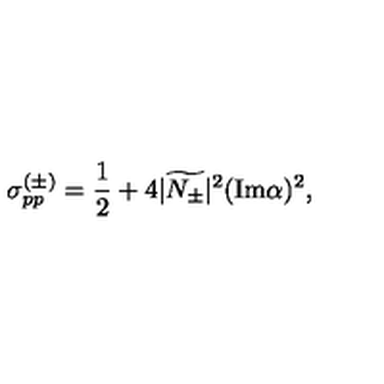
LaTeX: \sigma _ { p p } ^ { ( \pm ) } = \frac 1 2 + 4 | \widetilde { N _ { \pm } } | ^ { 2 } ( \mathrm { I m } \alpha ) ^ { 2 } ,